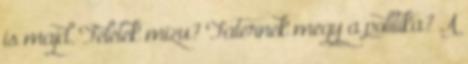
is majd. Felétek mizu? Faternek megy a politika? A